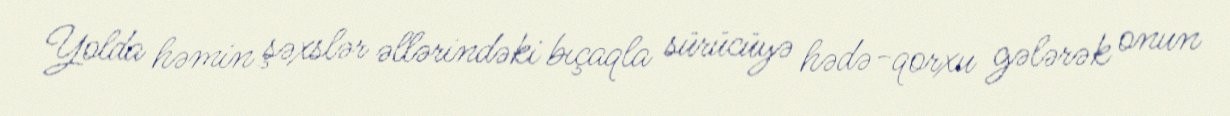
Yolda həmin şəxslər əllərindəki bıçaqla sürücüyə hədə-qorxu gələrək onun